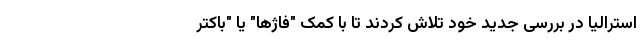
استرالیا در بررسی جدید خود تلاش کردند تا با کمک "فاژها" یا "باکتر